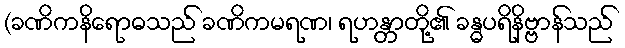
(ခဏိကနိရောဓသည် ခဏိကမရဏ၊ ရဟန္တာတို့၏ ခန္ဓပရိနိဗ္ဗာန်သည်